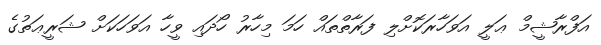
އަފްރާޝީމް ޢަލީ އަވަހާރަކޮށްލި ފަރާތްތައް ހަމަ މިހާރު ހޯދައި ވީހާ އަވަހަކަށް ޝަރީޢަތުގެ